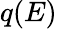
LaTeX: q(E)